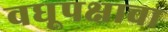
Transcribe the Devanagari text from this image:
वधूपक्षाचा